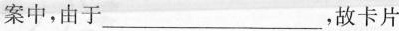
案中，由于___，故卡片